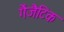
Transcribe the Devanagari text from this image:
गैंजैटिक